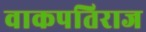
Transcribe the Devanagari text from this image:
वाकपतिराज